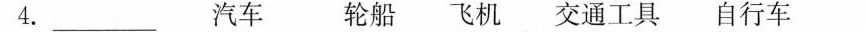
4.___ 汽车 轮船 飞机 交通工具 自行车